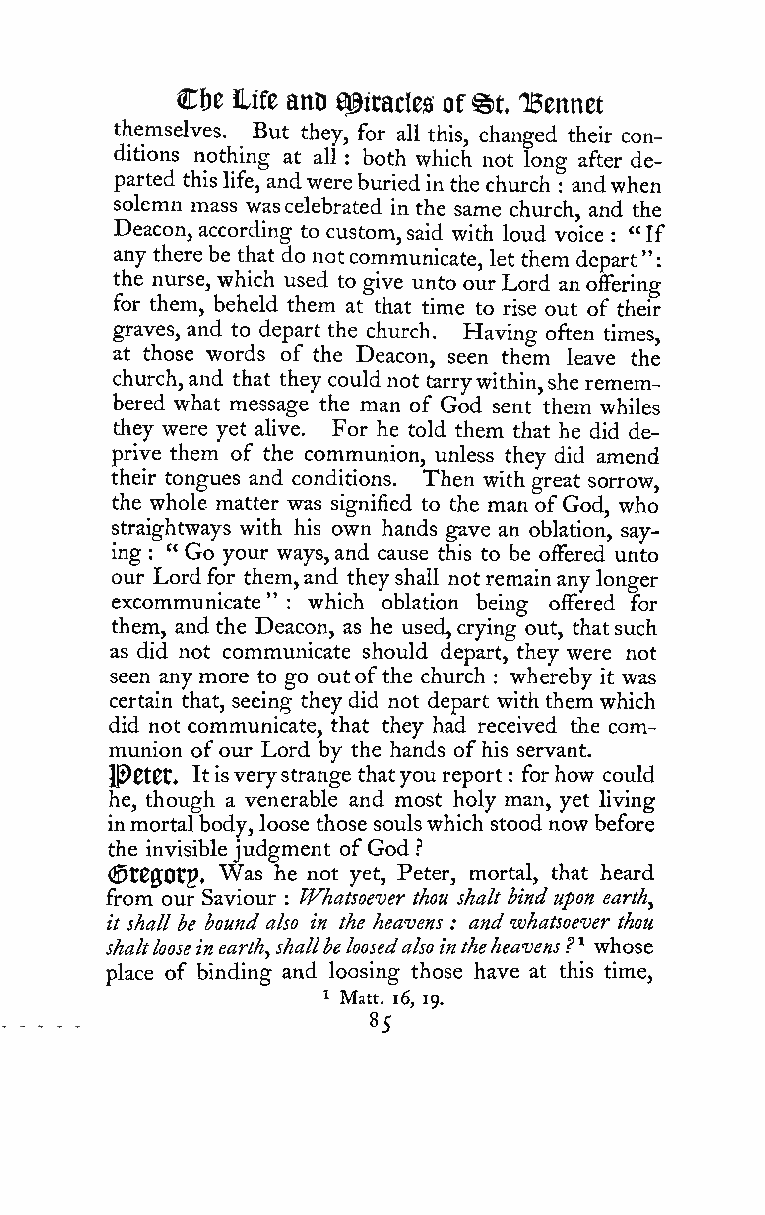
:
 Cfte life anD a^iracles of§)t TBennet
 themselves. But they, for all this, changed their con-
 ditions nothing at all : both which not long after de-
 parted thislife, andwereburiedin the church andwhen
 :
 solemn mass wascelebrated in the same church, and the
 Deacon, according to custom,said with loud voice : " If
 any therebe that do notcommunicate, let them depart"
 the nurse, which used to give unto ourLord an offering
 for them, beheld them at that time to rise out of their
 graves, and to depart the church. Having often times,
 at those words of the Deacon, seen them leave the
 church,and that they couldnot tarrywithin,she remem-
 bered what message the man of God sent them whiles
 they were yet alive. For he told them that he did de-
 prive them of the communion, unless they did amend
 their tongues and conditions. Then with great sorrow,
 the whole matter was signified to the man ofGod, who
 straightways with his own hands gave an oblation, say-
 ing " Go your ways,and cause this to be offered unto
 :
 our Lordfor them,and theyshall notremainanylonger
 excommunicate" : which oblation being offered for
 them, and the Deacon, as he used, crying out, thatsuch
 as did not communicate should depart, they were not
 seen anymore to go outofthe church : whereby it was
 certain that, seeing theydid not depart withthem which
 did not communicate, that they had received the com-
 munion ofour Lord by the hands ofhis servant.
 lP0t0t. Itisverystrange thatyoureport : forhow could
 he, though a venerable and most holy man, yet living
 inmortalbody, loose those soulswhich stood now before
 the invisiblejudgment ofGod ?
 (StejOtp. Was he not yet, Peter, mortal, that heard
 from our Saviour Whatsoever thou shall bind upon earth,
 :
 it shall be bound also in the heavens : and whatsoever thou
 shaltlooseinearth,shallbeloosedalsointheheavens?^ whose
 place of binding and loosing those have at this time,
 ^ Matt. i6, 19.
 85